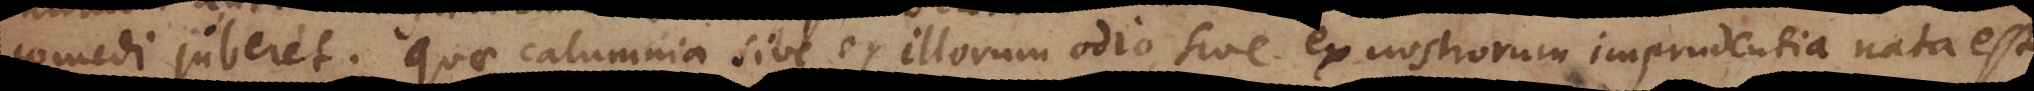
comedi juberet. Quae calumnia sive ex illorum odio sive ex nostrorum imprudentia nata est